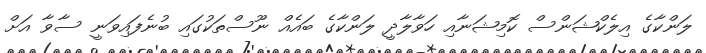
ލަންކާގެ އިލެކްޝަންސް ކޮމިޝަނާއި ހަވާލާދީ ލަންކާގެ ބައެއް ނޫސްތަކުގައި ބުނެފައިވަނީ ސާވާ އަށް